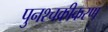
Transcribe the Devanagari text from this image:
पुनश्चक्रीकरण